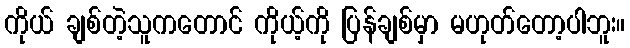
ကိုယ် ချစ်တဲ့သူကတောင် ကိုယ့်ကို ပြန်ချစ်မှာ မဟုတ်တော့ပါဘူး။